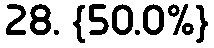
28. {50.0%}